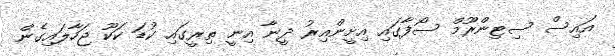
އައިސް ސިޓިންރޫމް ސޯފާގައި އިށީންއިރު ދީނާ އިނީ ތިރީގައި ކުޑަ ކަކޫ ޖަހާލައިގެން